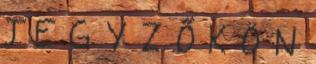
J E G Y Z Ő K Ö N